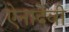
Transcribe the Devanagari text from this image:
ऐनादेवी